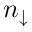
n _ { \downarrow }